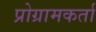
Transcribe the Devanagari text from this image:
प्रोग्रामकर्ता